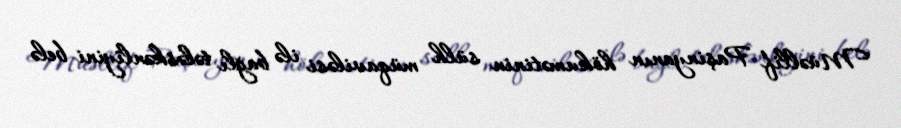
Müəllif Paşinyanın hökumətinin sülh müqaviləsi ilə bağlı tələskənliyini belə